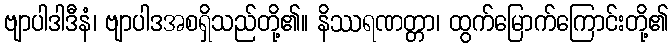
ဗျာပါဒါဒီနံ၊ ဗျာပါဒအစရှိသည်တို့၏။ နိဿရဏတ္တာ၊ ထွက်မြောက်ကြောင်းတို့၏